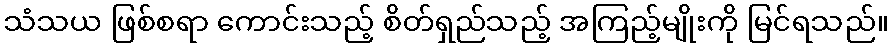
သံသယ ဖြစ်စရာ ကောင်းသည့် စိတ်ရှည်သည့် အကြည့်မျိုးကို မြင်ရသည်။